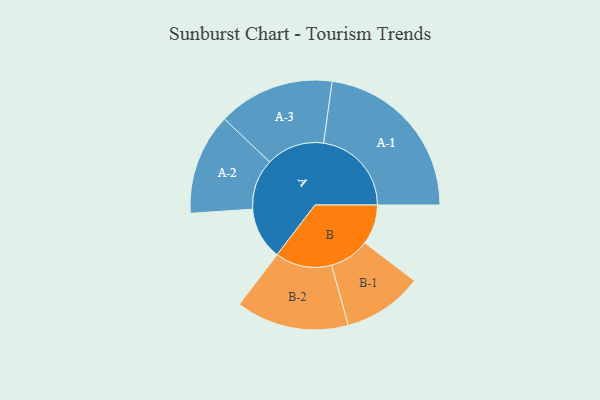
{"axis": {"x": "Segment", "y": "Value"}, "legend": ["", "A", "B"], "data": [{"x": "A", "y": 160, "type": ""}, {"x": "B", "y": 122, "type": ""}, {"x": "A-1", "y": 269, "type": "A"}, {"x": "A-2", "y": 155, "type": "A"}, {"x": "A-3", "y": 178, "type": "A"}, {"x": "B-1", "y": 122, "type": "B"}, {"x": "B-2", "y": 173, "type": "B"}]}